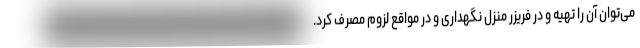
می‌توان آن را تهیه و در فریزر منزل نگهداری و در مواقع لزوم مصرف کرد.